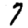
Digit: 7